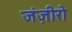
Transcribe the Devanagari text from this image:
जंज़ीरो